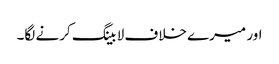
اور میرے خلاف لا بینگ کرنے لگا۔